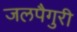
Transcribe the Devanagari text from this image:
जलपैगुरी